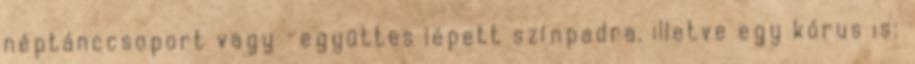
néptánccsoport vagy -együttes lépett színpadra, illetve egy kórus is: